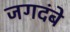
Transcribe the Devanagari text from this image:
जगदंबे